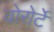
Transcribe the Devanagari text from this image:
वोरोर्टे